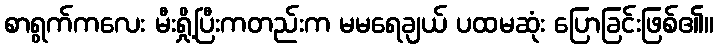
စာရွက်ကလေး မီးရှို့ပြီးကတည်းက မမရေချယ် ပထမဆုံး ပြောခြင်းဖြစ်၏။